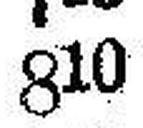
810